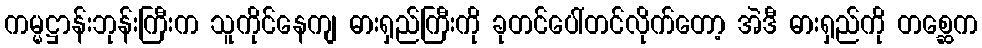
ကမ္မဋ္ဌာန်းဘုန်းကြီးက သူကိုင်နေကျ ဓားရှည်ကြီးကို ခုတင်ပေါ်တင်လိုက်တော့ အဲဒီ ဓားရှည်ကို တစ္ဆေက